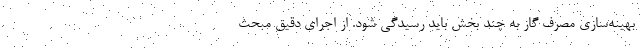
بهینه‌سازی مصرف گاز به چند بخش باید رسیدگی شود. از اجرای دقیق مبحث